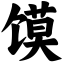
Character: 馍